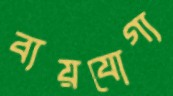
ব্যয়যোগ্য